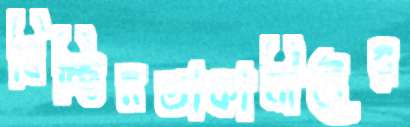
বিচ্ছিন্নতাকামীদের